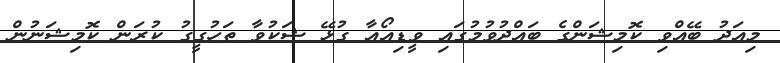
މިއަދު ބޭއްވި ކޮމިޝަންގެ ބައްދުވުމުގައި ވީޑިއޯއާ ގުޅޭ ޝަކުވާ ތަހުގީގު ކުރަން ކޮމިޝަނުން